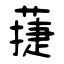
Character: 蓵